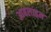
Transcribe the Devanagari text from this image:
आबलाइन